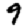
Digit: 9